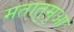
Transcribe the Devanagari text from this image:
मतातुमुआ